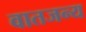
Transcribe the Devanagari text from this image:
वातजन्य